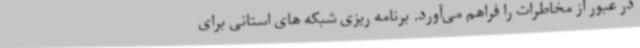
در عبور از مخاطرات را فراهم می‌آورد. برنامه ریزی شبکه های استانی برای